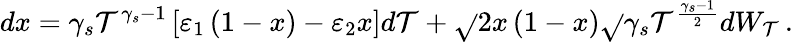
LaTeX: dx=\gamma_{s}\mathcal{T}^{\gamma_{s}-1}\left[\varepsilon_{1}\left(1-x\right)-\varepsilon_{2}x\right]d\mathcal{T}+\sqrt{}{{2x\left(1-x\right)}}\sqrt{}{{\gamma_{s}}}\mathcal{T}^{\frac{{\gamma_{s}-1}}{{2}}}dW_{\mathcal{T}}\, .